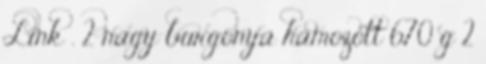
Link . 2 nagy burgonya hámozott 670 g 2